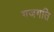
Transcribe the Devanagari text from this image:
गजगति